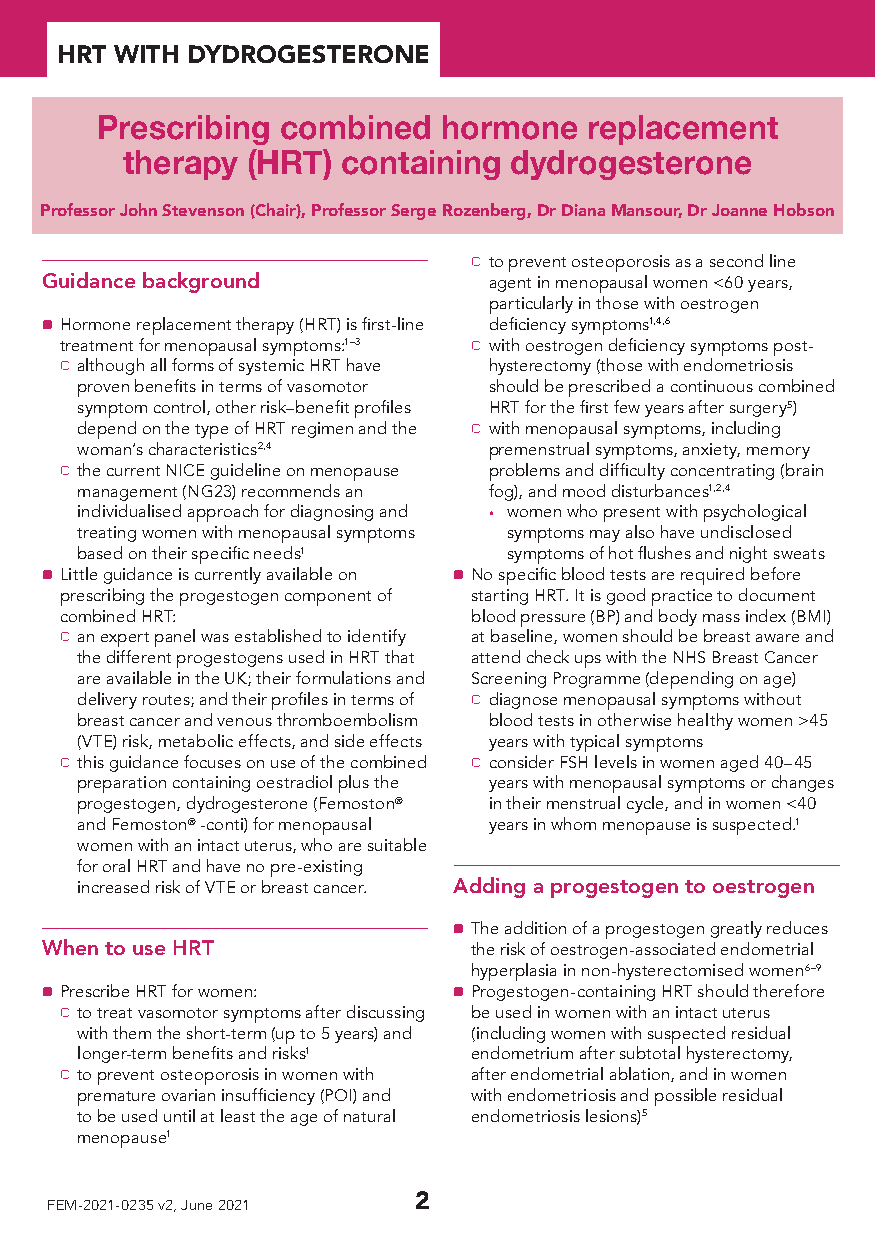
HHHRRRTTT WWWIIITTTHHH DDDYYYDDDRRROOOGGGEEESSSTTTEEERRROOONNNEEE
 Prescribing  combined  hormone   replacement
 therapy (HRT)  containing dydrogesterone
 Professor John Stevenson (Chair), Professor Serge Rozenberg, Dr Diana Mansour, Dr Joanne Hobson
 b to prevent osteoporosis as a second line
 Guidance background          agent in menopausal women <60 years,
 particularly in those with oestrogen
 a Hormone replacement therapy (HRT) is first-line deficiency symptoms1,4,6
 treatment for menopausal symptoms:1–3 b with oestrogen deficiency symptoms post-
 b although all forms of systemic HRT have hysterectomy (those with endometriosis
 proven benefits in terms of vasomotor should be prescribed a continuous combined
 symptom control, other risk–benefit profiles HRT for the first few years after surgery5)
 depend on the type of HRT regimen and the b with menopausal symptoms, including
 woman’s characteristics2,4 premenstrual symptoms, anxiety, memory
 b the current NICE guideline on menopause problems and difficulty concentrating (brain
 management (NG23) recommends an fog), and mood disturbances1,2,4
 individualised approach for diagnosing and • women who present with psychological
 treating women with menopausal symptoms symptoms may also have undisclosed
 based on their specific needs1 symptoms of hot flushes and night sweats
 a Little guidance is currently available on a No specific blood tests are required before
 prescribing the progestogen component of starting HRT. It is good practice to document
 combined HRT:              blood pressure (BP) and body mass index (BMI)
 b an expert panel was established to identify at baseline, women should be breast aware and
 the different progestogens used in HRT that attend check ups with the NHS Breast Cancer
 are available in the UK; their formulations and Screening Programme (depending on age)
 delivery routes; and their profiles in terms of b diagnose menopausal symptoms without
 breast cancer and venous thromboembolism blood tests in otherwise healthy women >45
 (VTE) risk, metabolic effects, and side effects years with typical symptoms
 b this guidance focuses on use of the combined b consider FSH levels in women aged 40–45
 preparation containing oestradiol plus the years with menopausal symptoms or changes
 progestogen, dydrogesterone (Femoston® in their menstrual cycle, and in women <40
 and Femoston® -conti) for menopausal years in whom menopause is suspected.1
 women with an intact uterus, who are suitable
 for oral HRT and have no pre-existing
 increased risk of VTE or breast cancer. Adding a progestogen to oestrogen
 a The addition of a progestogen greatly reduces
 When to use HRT             the risk of oestrogen-associated endometrial
 hyperplasia in non-hysterectomised women6–9
 a Prescribe HRT for women: a Progestogen-containing HRT should therefore
 b to treat vasomotor symptoms after discussing be used in women with an intact uterus
 with them the short-term (up to 5 years) and (including women with suspected residual
 longer-term benefits and risks1 endometrium after subtotal hysterectomy,
 b to prevent osteoporosis in women with after endometrial ablation, and in women
 premature ovarian insufficiency (POI) and with endometriosis and possible residual
 to be used until at least the age of natural endometriosis lesions)5
 menopause1
 FEM-2021-0235 v2, June 2021 2